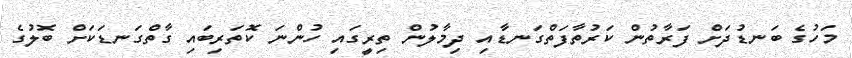
މަހުގެ ބަނޑުދަށް ފަރާތުން ކަރުތާފަތްގަނޑާއި ދިމާލުން ތިރީގައި ހުންނަ ކޮތަރިބައި ގާތްގަނޑަކަށް ބޮލުގެ